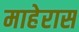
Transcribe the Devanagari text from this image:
माहेरास